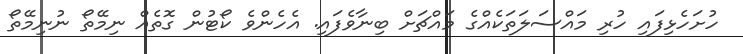
ހުށަހެޅިފައި ހުރި މައްސަލަތަކެއްގެ މައްޗަށް ބިނާވެފައި. އެހެންވެ ކޯޓުން ގޮތެއް ނިމޭތޯ ނުނިމޭތޯ